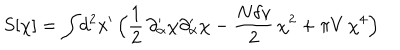
S [ \chi ] = \int \! d ^ { 2 } x ^ { \prime } \, \Bigl ( { \frac { 1 } { 2 } } \, \partial _ { \alpha } ^ { \prime } \chi \partial _ { \alpha } ^ { \prime } \chi - { \frac { N \delta v } { 2 } } \, \chi ^ { 2 } + \pi V \, \chi ^ { 4 } \Bigr )